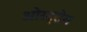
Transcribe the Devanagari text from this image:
ओस्ट्रोम